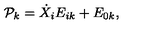
{ \cal P } _ { k } = \dot { X } _ { i } E _ { i k } + E _ { 0 k } ,